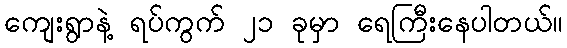
ကျေးရွာနဲ့ ရပ်ကွက် ၂၁ ခုမှာ ရေကြီးနေပါတယ်။